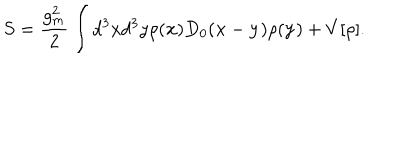
S = \frac { g _ { m } ^ { 2 } } { 2 } \int d ^ { 3 } x d ^ { 3 } y \rho ( { \bf x } ) D _ { 0 } ( { \bf x } - { \bf y } ) \rho ( { \bf y } ) + V [ \rho ] .